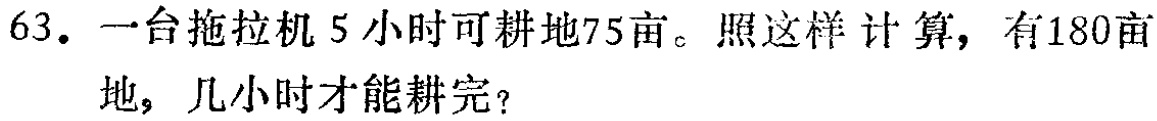
63. 一台拖拉机 5 小时可耕地75亩。照这样计算，有180亩地，几小时才能耕完？